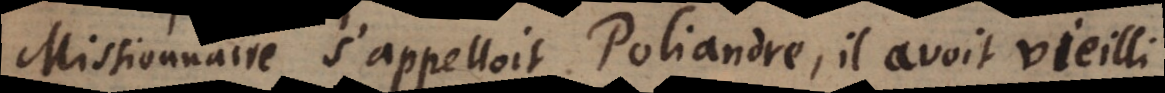
Missionaire s’appelloit Poliandre, il avoit vieilli